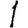
Digit: 1